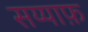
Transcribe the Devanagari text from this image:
सय्याफ़